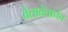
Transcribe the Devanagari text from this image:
बेताबेतानेच